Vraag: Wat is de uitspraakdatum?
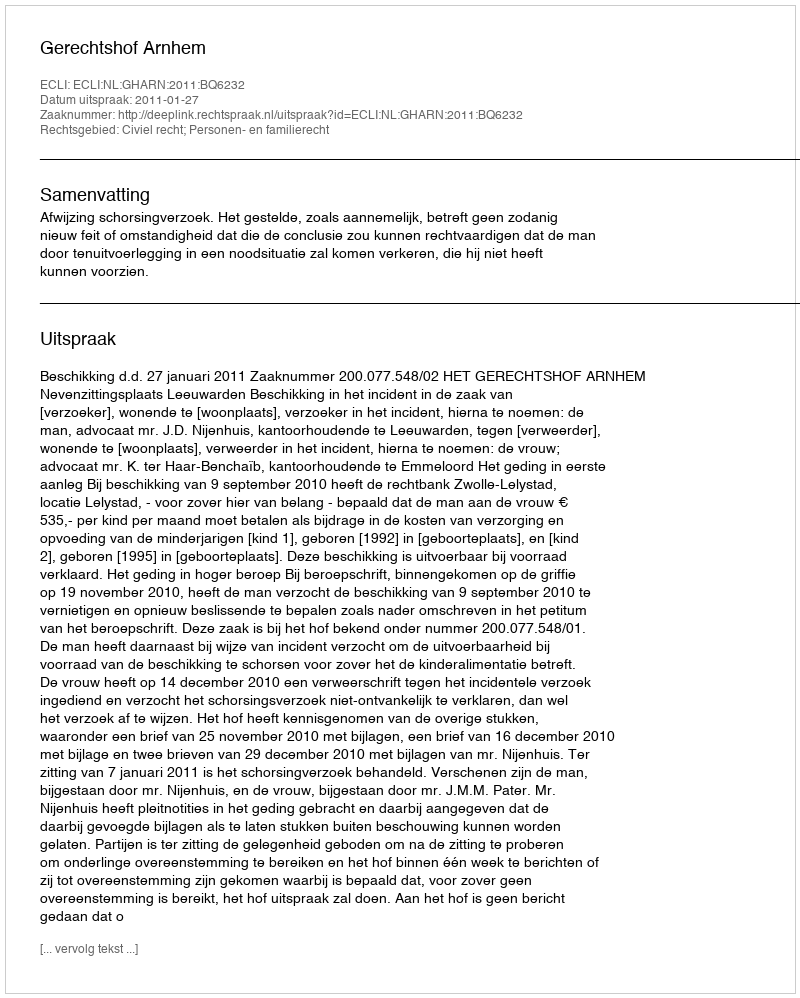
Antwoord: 2011-01-27